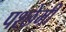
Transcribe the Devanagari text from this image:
पश्छेमी